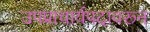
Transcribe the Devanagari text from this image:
उपप्राचार्यपदावरून